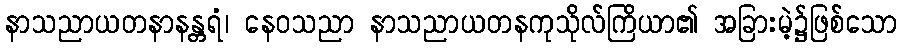
နာသညာယတနာနန္တရံ၊ နေဝသညာ နာသညာယတနကုသိုလ်ကြိယာ၏ အခြားမဲ့၌ဖြစ်သော